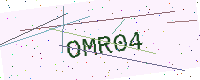
Text: OMR04